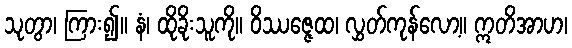
သုတွာ၊ ကြား၍။ နံ၊ ထိုခိုးသူကို။ ဝိဿဇ္ဇေထ၊ လွှတ်ကုန်လော့။ ဣတိအာဟ၊